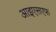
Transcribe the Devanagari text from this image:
आइएसएफ